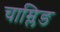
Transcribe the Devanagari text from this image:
चाम्लिङ